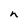
Character: n